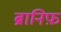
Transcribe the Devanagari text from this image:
ब्रानिफ़